King Institute of Preventive Medicine Micro-Biological Section reports 1909-11
Year: 1909
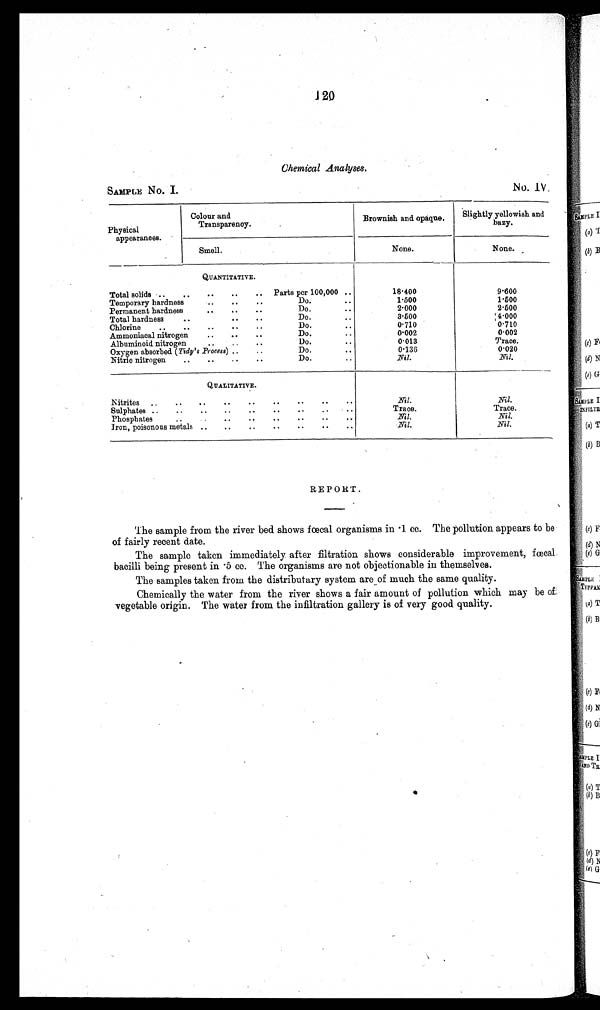
SAMPLE No. I.
No. IV
120
Chemical Analyses.
Physical
appearances.
Colour and
Transparency.
Brownish and opaque.
Slightly yellowish and
hazy.
Smell.
None.
None.
QUANTITATIVE.
Total solids ..
..
..
..
.. Parts per 100,000 ..
18.400
9.600
Temporary hardness
..
..
..
Do...
1 . 5 0 0
1.500
Permanent hardness.
..
Do..
2.000
2.500
Do.. .
3 . 5 0 0
4.000
Total hardness
..
• •
• •
Chlorine
..
..
..
..
..
Do.
0.710
0.710
Ammoniacal nitrogen
..
..
..
Do.
0.002
0.002
• •
.
Albuminoid nitrogen•
• •
Do.
•
0.013
Trace.
Oxygen absorbed ( Tidy's _Process) ..
..
Do.
..
0.136
0.020
Do.
Nil.
Nil.
Nitric nitrogen
..
..
..
..
QUALITATIVE.
Nitrites..
N i l .
Nil.
Sulphates ..
..
..
..
..
..
..
..
..
Trace.
Trace.
Phosphates..••
..
..
,..
..
..
Nil.
Nil.
Iron, poisonous metals ..
..
..
• •
• •
• •
• •
Nil.
Nil.
REPORT.
The sample from the river bed shows fœcal organisms in .1 cc. The pollution appears to be
of fairly recent date.
The sample taken immediately after filtration shows considerable improvement, fœcal
bacilli being present in .5 cc. The organisms are not objectionable in themselves.
The samples taken from the distributary system are of much the same quality.
Chemically the water from the river shows a fair amount of pollution which may be of
vegetable origin. The water from the infiltration gallery is of very good quality.